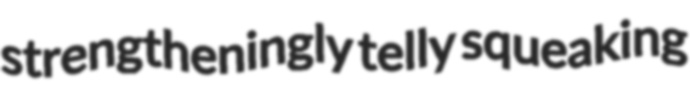
strengtheningly telly squeaking